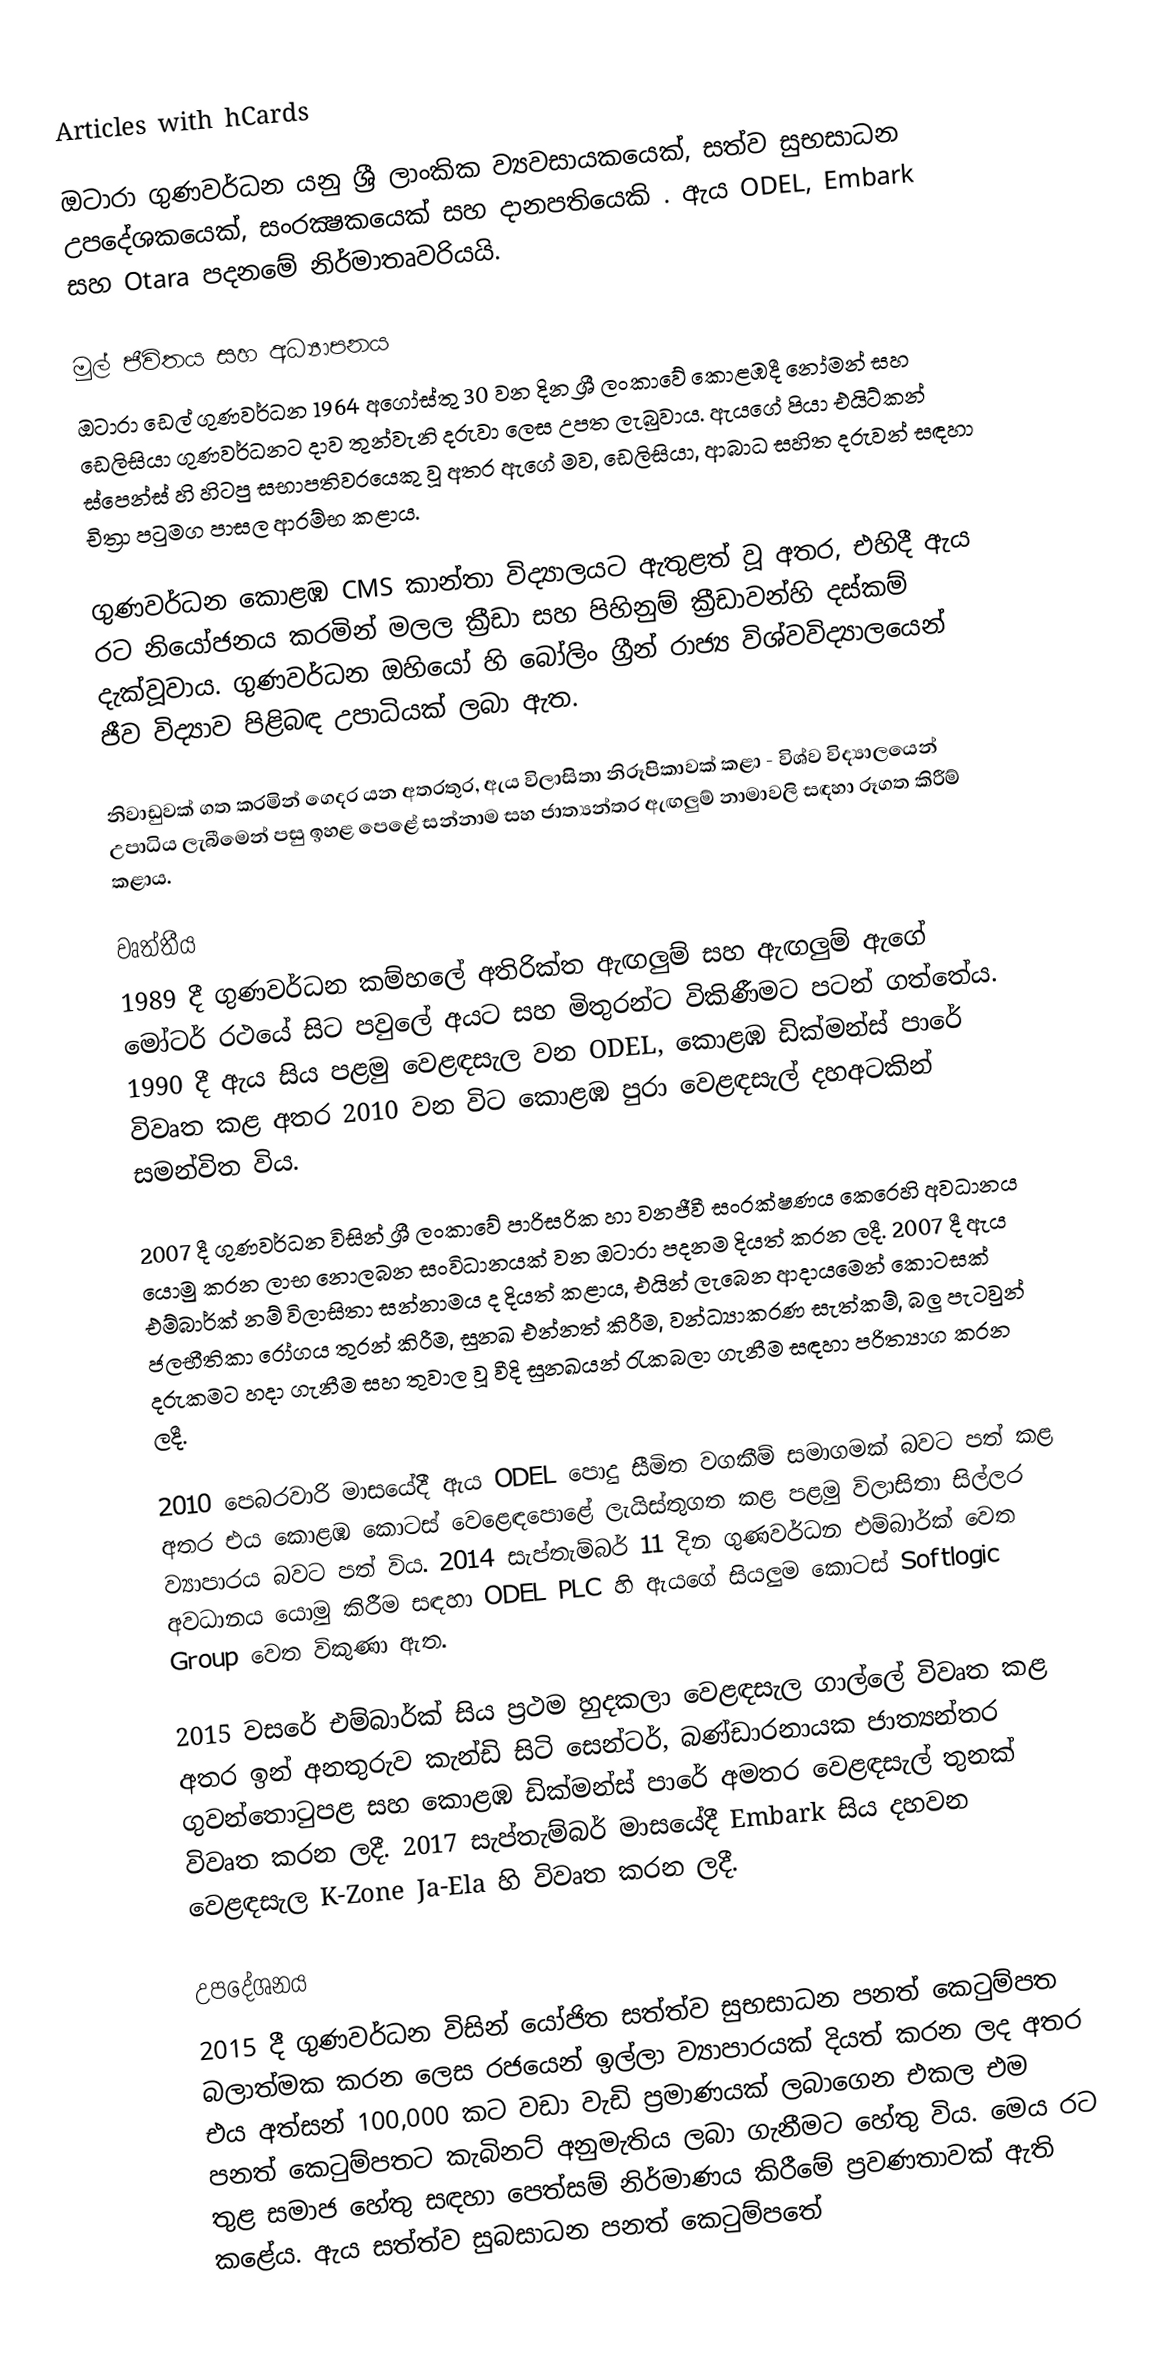
Articles with hCards

ඔටාරා ගුණවර්ධන යනු ශ්‍රී ලාංකික ව්‍යවසායකයෙක්, සත්ව සුභසාධන උපදේශකයෙක්, සංරක්‍ෂකයෙක් සහ දානපතියෙකි .  ඇය ODEL, Embark සහ Otara පදනමේ නිර්මාතෘවරියයි.

මුල් ජීවිතය සහ අධ්‍යාපනය
ඔටාරා ඩෙල් ගුණවර්ධන 1964 අගෝස්තු 30 වන දින ශ්‍රී ලංකාවේ කොළඹදී නෝමන් සහ ඩෙලිසියා ගුණවර්ධනට දාව තුන්වැනි දරුවා ලෙස උපත ලැබුවාය.  ඇයගේ පියා එයිට්කන් ස්පෙන්ස් හි හිටපු සභාපතිවරයෙකු වූ අතර ඇගේ මව, ඩෙලිසියා, ආබාධ සහිත දරුවන් සඳහා චිත්‍රා පටුමග පාසල ආරම්භ කළාය.

ගුණවර්ධන කොළඹ CMS කාන්තා විද්‍යාලයට ඇතුළත් වූ අතර,  එහිදී ඇය රට නියෝජනය කරමින් මලල ක්‍රීඩා සහ පිහිනුම් ක්‍රීඩාවන්හි දස්කම් දැක්වූවාය. ගුණවර්ධන ඔහියෝ හි බෝලිං ග්‍රීන් රාජ්‍ය විශ්වවිද්‍යාලයෙන් ජීව විද්‍යාව පිළිබඳ උපාධියක් ලබා ඇත.

නිවාඩුවක් ගත කරමින් ගෙදර යන අතරතුර, ඇය විලාසිතා නිරූපිකාවක්  කළා - විශ්ව විද්‍යාලයෙන් උපාධිය ලැබීමෙන් පසු ඉහළ පෙළේ සන්නාම සහ ජාත්‍යන්තර ඇඟලුම් නාමාවලි සඳහා රූගත කිරීම් කළාය.

වෘත්තීය
1989 දී ගුණවර්ධන කම්හලේ අතිරික්ත ඇඟලුම් සහ ඇඟලුම් ඇගේ මෝටර් රථයේ සිට පවුලේ අයට සහ මිතුරන්ට විකිණීමට පටන් ගත්තේය.    1990 දී ඇය සිය පළමු වෙළඳසැල වන ODEL, කොළඹ ඩික්මන්ස් පාරේ  විවෘත කළ අතර 2010 වන විට කොළඹ පුරා වෙළඳසැල් දහඅටකින් සමන්විත විය.

2007 දී ගුණවර්ධන විසින් ශ්‍රී ලංකාවේ පාරිසරික හා වනජීවී සංරක්ෂණය කෙරෙහි අවධානය යොමු කරන ලාභ නොලබන සංවිධානයක් වන ඔටාරා පදනම දියත් කරන ලදී.  2007 දී ඇය එම්බාර්ක් නම් විලාසිතා සන්නාමය ද දියත් කළාය, එයින් ලැබෙන ආදායමෙන් කොටසක් ජලභීතිකා රෝගය තුරන් කිරීම, සුනඛ එන්නත් කිරීම, වන්ධ්‍යාකරණ සැත්කම්, බලු පැටවුන් දරුකමට හදා ගැනීම සහ තුවාල වූ වීදි සුනඛයන් රැකබලා ගැනීම සඳහා පරිත්‍යාග කරන ලදී.

2010 පෙබරවාරි මාසයේදී ඇය ODEL පොදු සීමිත වගකීම් සමාගමක් බවට පත් කළ අතර එය කොළඹ කොටස් වෙළෙඳපොළේ ලැයිස්තුගත කළ පළමු විලාසිතා සිල්ලර ව්‍යාපාරය බවට පත් විය.  2014 සැප්තැම්බර් 11 දින ගුණවර්ධන එම්බාර්ක් වෙත අවධානය යොමු කිරීම සඳහා ODEL PLC හි ඇයගේ සියලුම කොටස් Softlogic Group වෙත විකුණා ඇත.

2015 වසරේ එම්බාර්ක් සිය ප්‍රථම හුදකලා වෙළඳසැල ගාල්ලේ විවෘත කළ අතර ඉන් අනතුරුව කැන්ඩි සිටි සෙන්ටර්, බණ්ඩාරනායක ජාත්‍යන්තර ගුවන්තොටුපළ සහ කොළඹ ඩික්මන්ස් පාරේ අමතර වෙළඳසැල් තුනක් විවෘත කරන ලදී.  2017 සැප්තැම්බර් මාසයේදී Embark සිය දහවන වෙළඳසැල K-Zone Ja-Ela හි විවෘත කරන ලදී.

උපදේශනය
2015 දී ගුණවර්ධන විසින් යෝජිත සත්ත්ව සුභසාධන පනත් කෙටුම්පත බලාත්මක කරන ලෙස රජයෙන් ඉල්ලා  ව්‍යාපාරයක් දියත් කරන ලද අතර එය අත්සන් 100,000 කට වඩා වැඩි ප්‍රමාණයක් ලබාගෙන එකල එම පනත් කෙටුම්පතට කැබිනට් අනුමැතිය ලබා ගැනීමට හේතු විය. මෙය රට තුළ සමාජ හේතු සඳහා පෙත්සම් නිර්මාණය කිරීමේ ප්‍රවණතාවක් ඇති කළේය.  ඇය සත්ත්ව සුබසාධන පනත් කෙටුම්පතේ